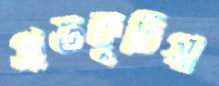
সাতকুচিয়া